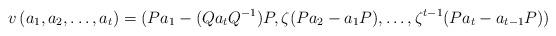
LaTeX: \begin{align*} v\,(a_1, a_2, \ldots, a_t)=(Pa_1 - (Q a_t Q^{-1}) P, \zeta (P a_2 - a_1 P), \ldots, \zeta^{t-1}(Pa_t - a_{t-1} P))\end{align*}